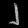
Digit: ၂